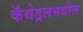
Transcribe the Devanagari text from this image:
कॅथेड्रलमधील